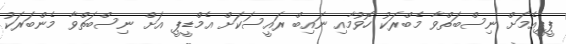
ޕީޕީއެމަށް ނިސްބަތްވާ މެބްރަކު ހޮވުމާއި ނައިބް ރައީސަކަށް އެމްޑީޕީ އަށް ނިސްބަތްވާ މެންބަރަކު